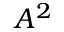
A ^ { 2 }